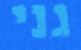
גני